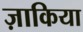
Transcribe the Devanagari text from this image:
ज़ाकिया